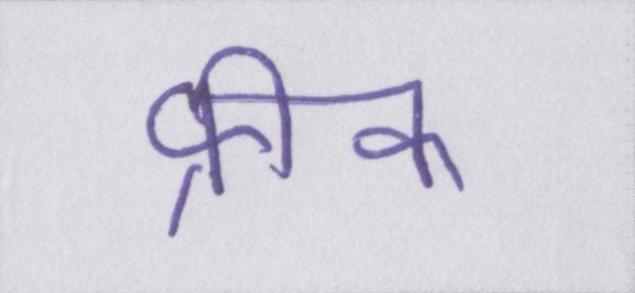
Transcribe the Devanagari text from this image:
फ्रीक